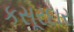
કસૂરદાર